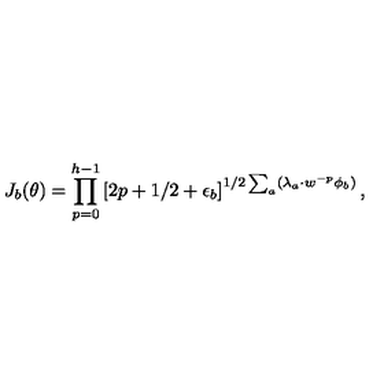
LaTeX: J _ { b } ( \theta ) = \prod _ { p = 0 } ^ { h - 1 } \left[ 2 p + 1 / 2 + \epsilon _ { b } \right] ^ { 1 / 2 \sum _ { a } ( \lambda _ { a } \cdot w ^ { - p } \phi _ { b } ) } ,